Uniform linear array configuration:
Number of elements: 64
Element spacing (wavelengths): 0.75
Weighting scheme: binomial
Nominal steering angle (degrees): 60
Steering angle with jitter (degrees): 59.609
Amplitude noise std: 0.05
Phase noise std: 0.05

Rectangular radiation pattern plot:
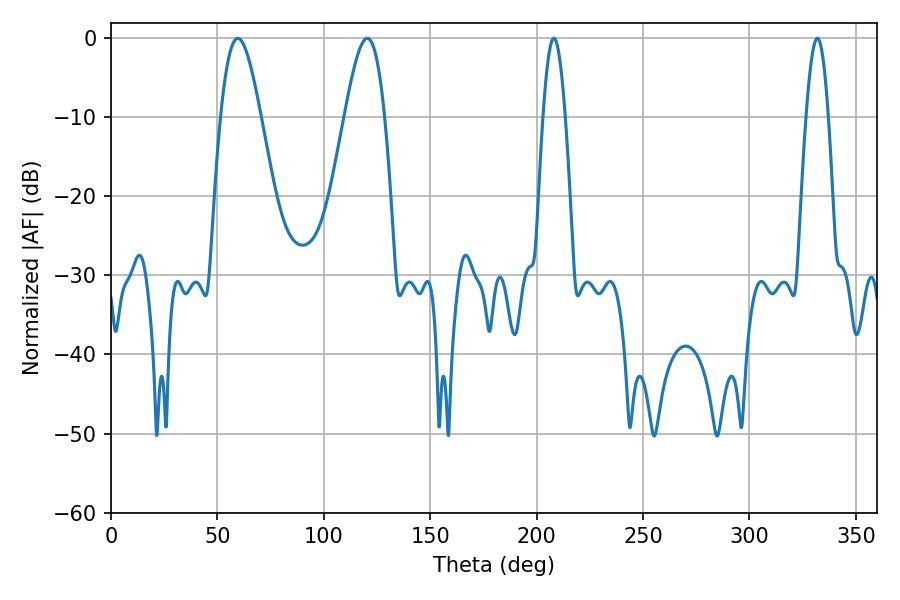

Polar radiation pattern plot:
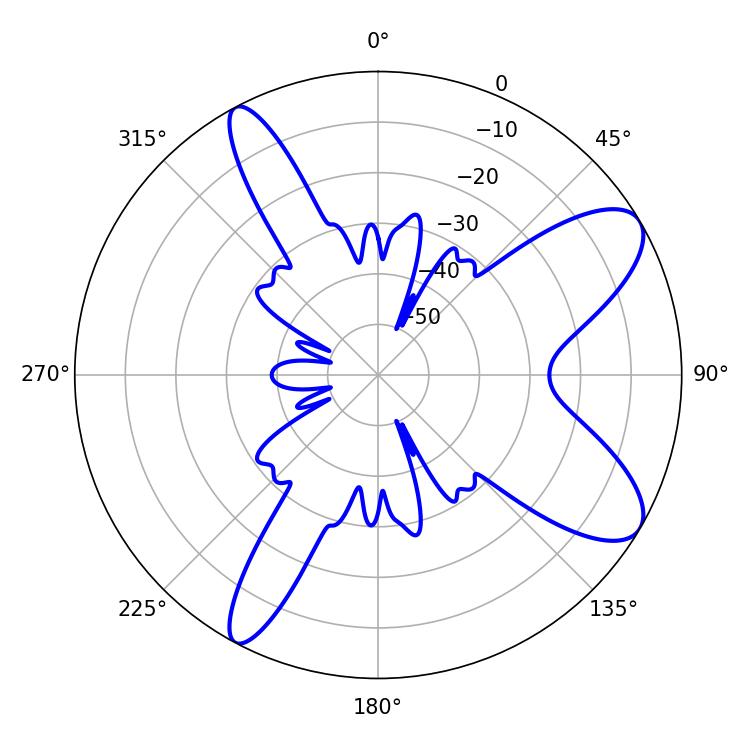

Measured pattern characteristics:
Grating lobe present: TRUE
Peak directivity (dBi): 9.297
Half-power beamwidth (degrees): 10.08
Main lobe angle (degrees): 59.58